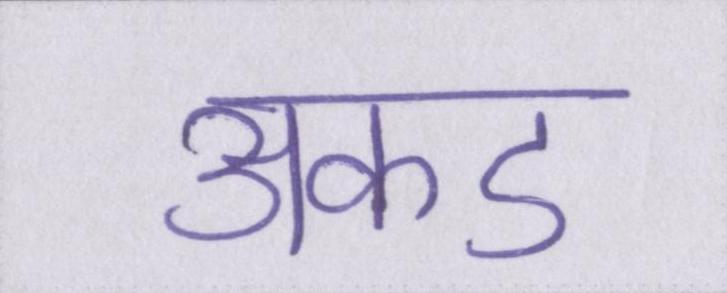
अकड